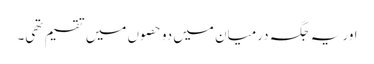
اور یہ جگہ درمیان میں دو حصوں میں تقسیم تھی۔